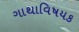
ગાથાવિષયક